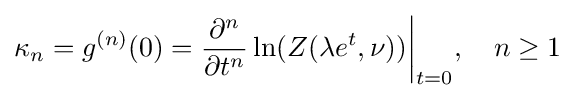
\kappa _{n}=g^{(n)}(0)={\frac {\partial ^{n}}{\partial t^{n}}}\ln(Z(\lambda e^{t},\nu )){\bigg |}_{t=0},\quad n\geq 1